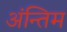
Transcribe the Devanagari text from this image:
अंन्‍तिम